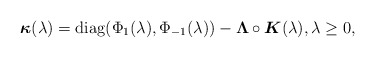
\begin{align*}\boldsymbol{\kappa}(\lambda) = {\rm diag}(\Phi_1(\lambda), \Phi_{-1}(\lambda)) - \boldsymbol{\Lambda}\circ{\boldsymbol K}(\lambda), \lambda \geq 0,\end{align*}